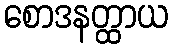
စောဒနတ္ထာယ